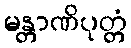
မန္တာဏိပုတ္တံ